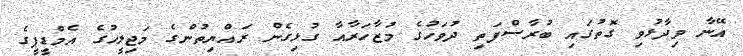
އޭނާ ވިދާޅުވި ގޮތުގައި ބުރާސްފަތި ދުވަހުގެ މުޒާހަރާއާ ގުޅިގެން ރައްޔިތުންގެ މަޖިލީހުގެ އެމްޑީޕީގެ